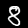
Label: 8